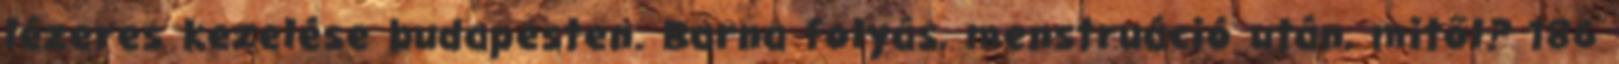
lézeres kezelése budapesten. Barna folyás, menstruáció után, mitől? 186